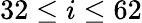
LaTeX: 32\leq i\leq 62